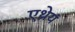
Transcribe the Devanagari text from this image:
एथ्रेय